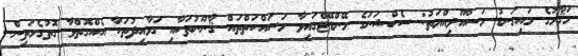
މަޤާމުގެ މައިގަނޑު މަސްއޫލިއްޔަތު: ސެކްޝަނުގެ މޭންޑޭޓްގައިވާ މަސައްކަތްތައް ޤާނޫނުތަކާއި ގަވާއިދުތަކާ އެއްގޮތްވާ ގޮތުގެމަތިން